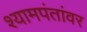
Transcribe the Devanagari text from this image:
श्यामपंतांवर